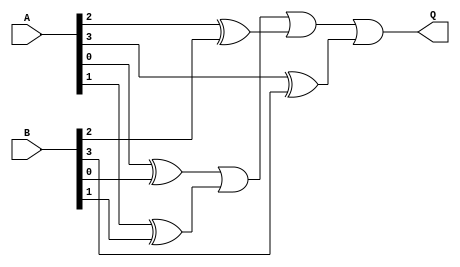
module comp_str(
	input wire [3:0] A,
	input wire [3:0] B,
	output wire Q ) ;

wire t1, t2, t3, t4;

xor c1(t1, A[0], B[0]);
xor c2(t2, A[1], B[1]);
xor c3(t3, A[2], B[2]);
xor c4(t4, A[3], B[3]);
or c5(Q, t1, t2, t3, t4);
endmodule

module comp_b(
	input wire [3:0] A,
	input wire [3:0] B,
	output reg Q ) ;

reg t1, t2, t3, t4;

always @(*) begin

t1 = A[0] ^ B[0];
t2 = A[1] ^ B[1];
t3 = A[2] ^ B[2];
t4 = A[3] ^ B[3];
Q = t1 | t2 | t3 | t4;
end
endmodule


module comp_d(
	input wire [3:0] A,
	input wire [3:0] B,
	output wire Q ) ;

wire t1, t2, t3, t4;

assign t1 = A[0] ^ B[0];
assign t2 = A[1] ^ B[1];
assign t3 = A[2] ^ B[2];
assign t4 = A[3] ^ B[3];
assign Q = t1 | t2 | t3 | t4;
endmodule